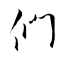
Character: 們